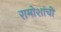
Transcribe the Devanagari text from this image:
रामोशांची